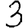
Digit: 3